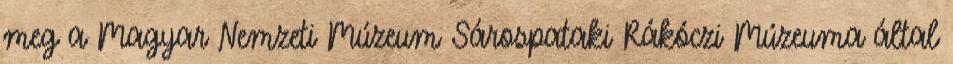
meg a Magyar Nemzeti Múzeum Sárospataki Rákóczi Múzeuma által